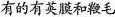
有的有英膜和鞭毛